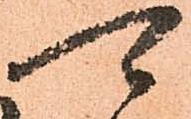
可